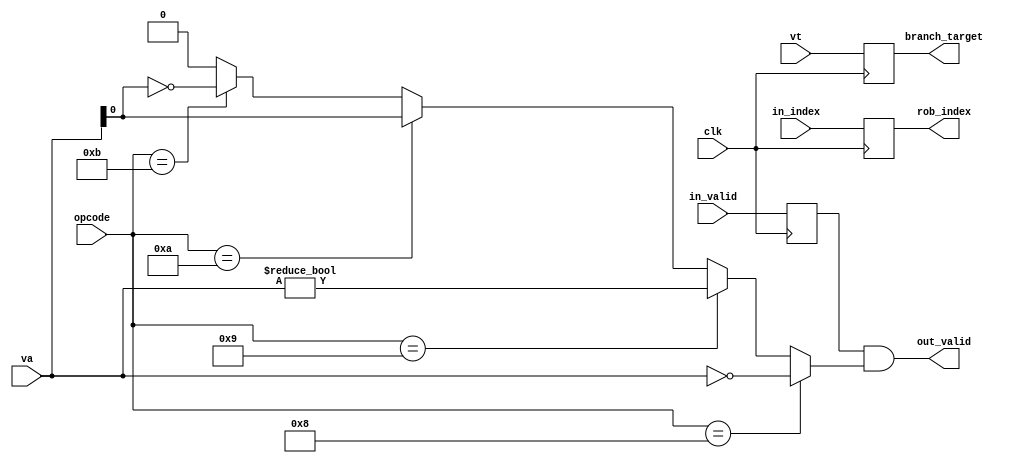
module BranchUnit
(input clk, 
input [3:0] opcode, input [3:0] in_index, input in_valid,
input [15:0] vt, input [15:0] va,  // we receive decoded values
output out_valid, output [3:0] rob_index, output [15:0] branch_target);

    reg m_valid;
    reg [3:0] m_opcode;
    reg [3:0] m_in_index;
    reg [15:0] m_vt;
    reg [15:0] m_va;

    always @(posedge clk) begin 
        m_valid <= in_valid;
        m_opcode <= opcode;
        m_in_index <= in_index;
        m_vt <= vt;
        m_va <= va;
    end

    wire isJz = opcode == 4'b1000;
    wire isJnz = opcode == 4'b1001;
    wire isJs = opcode == 4'b1010;
    wire isJns = opcode == 4'b1011;

    wire branch_taken = 
    isJz ? va == 0 : 
    isJnz ? va != 0 :
    isJs ? va[0] == 1 :
    isJns ? va[0] != 1 : 
    0;

    assign out_valid = m_valid & branch_taken; // if branch isn't taken, do nothing
    assign rob_index = m_in_index;
    assign branch_target = m_vt;

endmodule